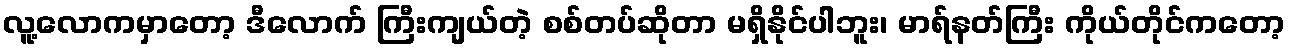
လူ့လောကမှာတော့ ဒီလောက် ကြီးကျယ်တဲ့ စစ်တပ်ဆိုတာ မရှိနိုင်ပါဘူး၊ မာရ်နတ်ကြီး ကိုယ်တိုင်ကတော့